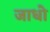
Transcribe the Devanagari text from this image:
जाधो